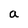
Character: a